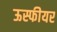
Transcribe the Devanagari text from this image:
ऊस्फीयर